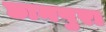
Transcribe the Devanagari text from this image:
छानपुरा